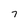
Character: 7